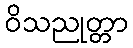
ဝိသညုတ္တာ